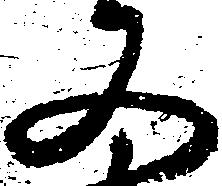
又